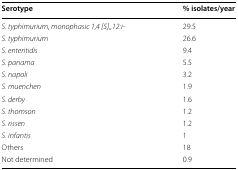
<table><thead><tr><td><b>Serotype</b></td><td><b>% isolates/year</b></td></tr></thead><tbody><tr><td><i>S. typhimurium, monophasic 1,4 [5],,12:i</i>-</td><td>29.5</td></tr><tr><td><i>S. typhimurium</i></td><td>26.6</td></tr><tr><td><i>S. enteritidis</i></td><td>9.4</td></tr><tr><td><i>S. panama</i></td><td>5.5</td></tr><tr><td><i>S. napoli</i></td><td>3.2</td></tr><tr><td><i>S. muenchen</i></td><td>1.9</td></tr><tr><td><i>S. derby</i></td><td>1.6</td></tr><tr><td><i>S. thomson</i></td><td>1.2</td></tr><tr><td><i>S. rissen</i></td><td>1.2</td></tr><tr><td><i>S. infantis</i></td><td>1</td></tr><tr><td>Others</td><td>18</td></tr><tr><td>Not determined</td><td>0.9</td></tr></tbody></table>